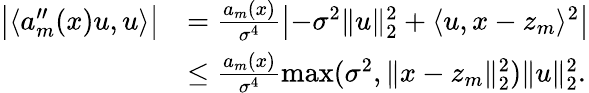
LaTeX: \begin{array}{rl}{\bigl|\langle a_{m}^{\prime\prime}(x)u,u\rangle\bigr|}&{=\frac{a_{m}(x)}{\sigma^{4}}\bigl|-\sigma^{2}\| u\| _{2}^{2}+\langle u,x-z_{m}\rangle^{2}\bigr|}\\ &{\leq\frac{a_{m}(x)}{\sigma^{4}}\operatorname*{max}(\sigma^{2},\| x-z_{m}\| _{2}^{2})\| u\| _{2}^{2}.}\end{array}